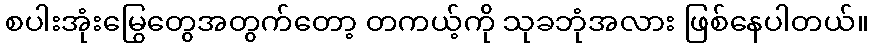
စပါးအုံးမြွေတွေအတွက်တော့ တကယ့်ကို သုခဘုံအလား ဖြစ်နေပါတယ်။